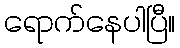
ရောက်နေပါပြီ။